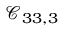
\mathcal { C } _ { 3 3 , 3 }